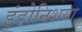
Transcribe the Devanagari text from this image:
इंडोनिशया